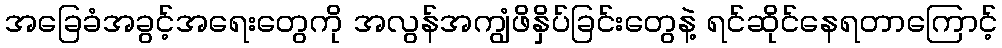
အခြေခံအခွင့်အရေးတွေကို အလွန်အကျွံဖိနှိပ်ခြင်းတွေနဲ့ ရင်ဆိုင်နေရတာကြောင့်